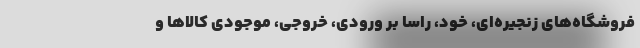
فروشگاه‌های زنجیره‌ای، خود، راسا بر ورودی، خروجی، موجودی کالاها و